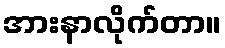
အားနာလိုက်တာ။